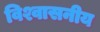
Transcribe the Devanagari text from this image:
विश्वासनीय